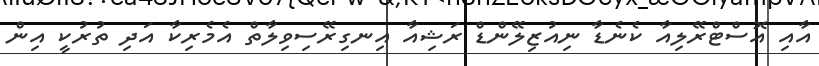
އާއި އޮސްޓްރޭލިއާ ކެނެޑާ ނިއުޒިލޭންޑް ރަޝިއާ އިނގިރޭސިވިލާތް އެމެރިކާ އަދި ތުރުކީ އިން